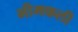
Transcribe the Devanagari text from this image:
भीमकली